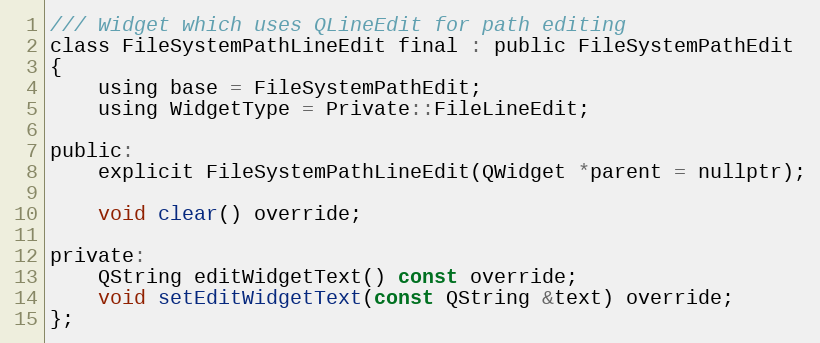
Language: C
/// Widget which uses QLineEdit for path editing
class FileSystemPathLineEdit final : public FileSystemPathEdit
{
    using base = FileSystemPathEdit;
    using WidgetType = Private::FileLineEdit;

public:
    explicit FileSystemPathLineEdit(QWidget *parent = nullptr);

    void clear() override;

private:
    QString editWidgetText() const override;
    void setEditWidgetText(const QString &text) override;
};